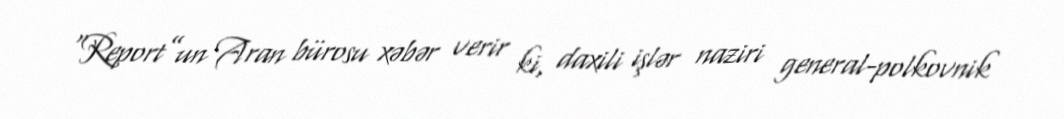
“Report”un Aran bürosu xəbər verir ki, daxili işlər naziri general-polkovnik